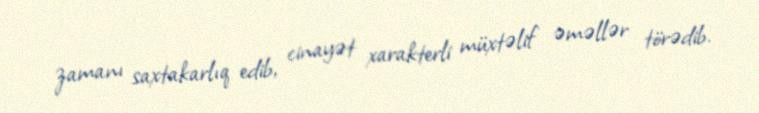
zamanı saxtakarlıq edib, cinayət xarakterli müxtəlif əməllər törədib.